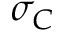
\sigma _ { C }